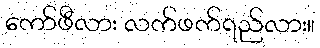
ကော်ဖီလား လက်ဖက်ရည်လား။